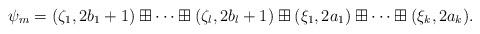
LaTeX: \begin{align*}\psi_m=(\zeta_1,2b_1+1)\boxplus\cdots\boxplus(\zeta_l,2b_l+1)\boxplus(\xi_1,2a_1)\boxplus\cdots\boxplus(\xi_k,2a_k).\end{align*}